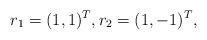
LaTeX: \begin{align*}r_1=(1,1)^T,r_2=(1,-1)^T,\end{align*}